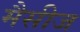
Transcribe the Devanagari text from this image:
मैसीज